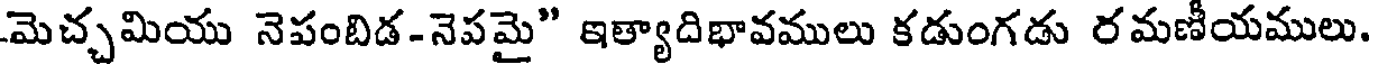
మెచ్చమియు నెపంబిడ-నెపమై" ఇత్యాదిభావములు కడుంగడు రమణీయములు